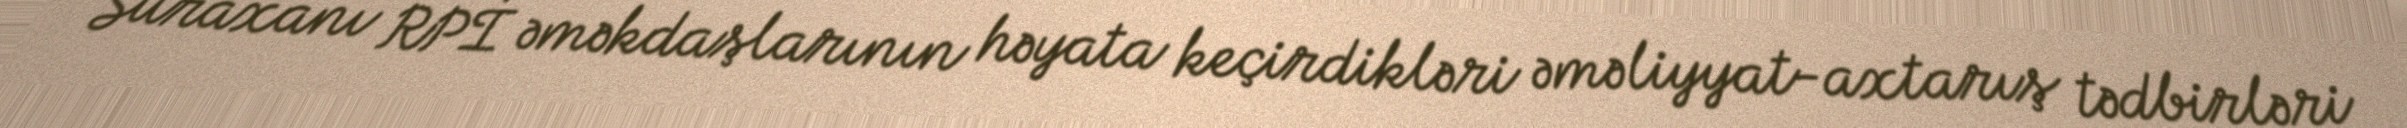
Suraxanı RPİ əməkdaşlarının həyata keçirdikləri əməliyyat-axtarış tədbirləri